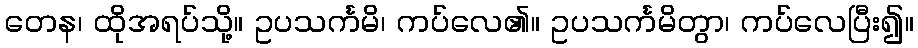
တေန၊ ထိုအရပ်သို့။ ဥပသင်္ကမိ၊ ကပ်လေ၏။ ဥပသင်္ကမိတွာ၊ ကပ်လေပြီး၍။